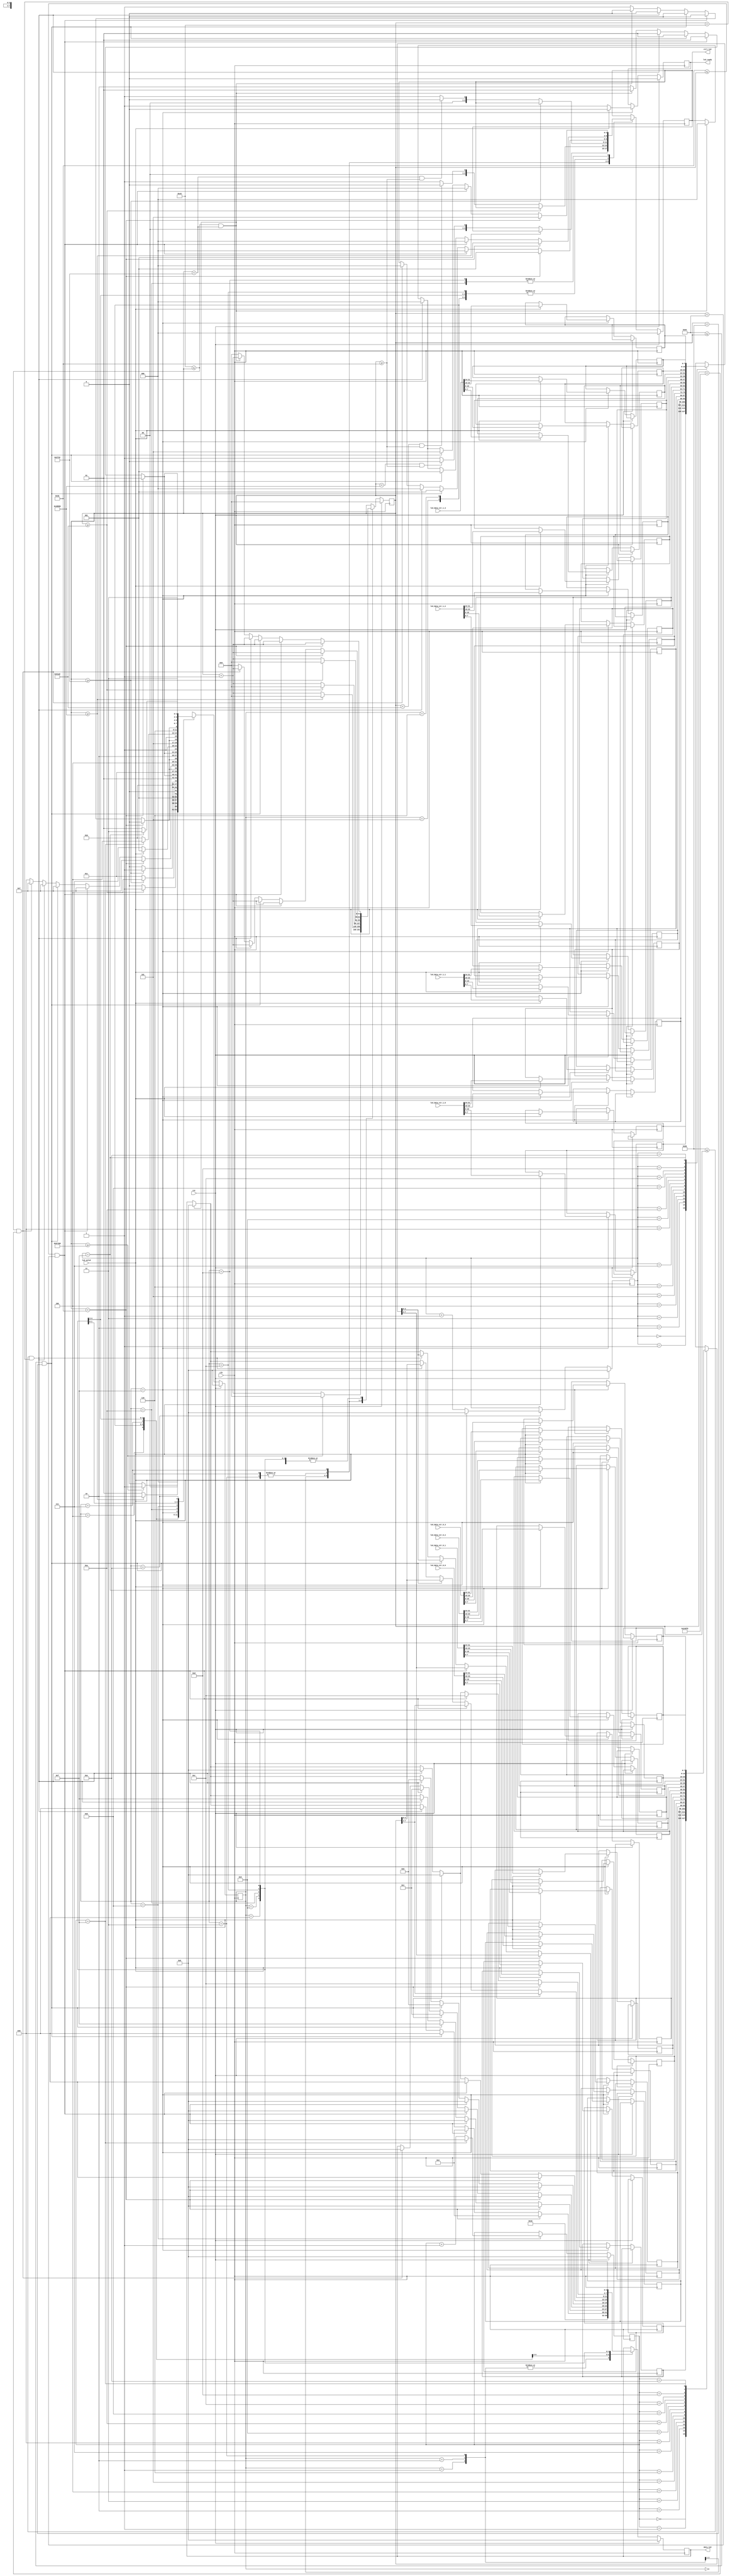
`timescale 1ns/1ps

module lcd #(
	parameter CYCLES_PER_US = 50
)
(
	input wire clk,    
	input wire rst, 
	output wire [2:0] ctrl_lcd,
	output wire [3:0] data_lcd,

	output wire 		lcd_ready,
 	input wire 			lcd_valid,
 	input wire [31:0] 	lcd_data_str_0_0,
 	input wire [31:0] 	lcd_data_str_0_1,
 	input wire [31:0] 	lcd_data_str_0_2,
 	input wire [31:0] 	lcd_data_str_0_3,
 	input wire [31:0] 	lcd_data_str_1_0,
 	input wire [31:0] 	lcd_data_str_1_1,
 	input wire [31:0] 	lcd_data_str_1_2,
 	input wire [31:0] 	lcd_data_str_1_3
);

	localparam [3:0]
		WAITING = 4'd0,
        INIT_H30_ONE = 4'd1,
        INIT_H30_TWO = 4'd2,
        INIT_H30_THREE = 4'd3,
        INIT_H20 = 4'd4,
        INIT_FUNCTION_SET = 4'd5,
        INIT_DISPLAY_ON = 4'd6,
		INIT_DISPLAY_CLEAR = 4'd7,
		INIT_SET_ENTRY_MODE = 4'd8,
		CUR_FIRST_ROW = 4'd9,
		WRITE_UPPER_LINE = 4'd10,
		COUNTER_UPPER_LINE = 4'd11,
		CUR_SECOND_ROW = 4'd12,
		WRITE_LOWER_LINE = 4'd13,
		COUNTER_LOWER_LINE = 4'd14,
		LCD_WAIT_VALID = 4'd15;

	reg [3:0] lcd_state_r;		
	reg [2:0] ctrl_lcd_r; 
	reg [3:0] data_lcd_r;
	
	reg [31:0] counter_r;
	reg [3:0] counter_upper_line_r;
	reg [3:0] counter_lower_line_r;

	reg [7:0] upper_line [15:0];
	reg [7:0] lower_line [15:0];

	reg lcd_ready_r;

	parameter integer wait__1us = 1 * CYCLES_PER_US;
	parameter integer wait__2us = 2 * CYCLES_PER_US;    // 10us 
	parameter integer wait__3us = 3 * CYCLES_PER_US;    // 20us 
	parameter integer wait__4us = 4 * CYCLES_PER_US;    // 40us 
	parameter integer wait__200us = 200 * CYCLES_PER_US; // 5ms

	parameter integer wait__dispay_clear = 3000 * CYCLES_PER_US; // 1.52ms 
	parameter integer wait__power_on = 15000 * CYCLES_PER_US; // 45ms 

	parameter integer wait__init_h30_one = 5000 * CYCLES_PER_US; // 5ms 
	parameter integer wait__init_h30_two = 500 * CYCLES_PER_US; // 5ms
	
	assign ctrl_lcd = ctrl_lcd_r; // {RS, RW, E} 2, 1, 0
	assign data_lcd = data_lcd_r;
	assign lcd_ready = lcd_ready_r;

	initial begin
		upper_line[0] = 8'h46; // F
		upper_line[1] = 8'h69; // i
		upper_line[2] = 8'h72; // r
		upper_line[3] = 8'h6d; // m
		upper_line[4] = 8'h77; // w
		upper_line[5] = 8'h61; // a
		upper_line[6] = 8'h72; // r
		upper_line[7] = 8'h65; // e
		upper_line[8] = 8'h20; // 
		upper_line[9] = 8'h6c; // l
		upper_line[10] = 8'h6f; // o
		upper_line[11] = 8'h61; // a
		upper_line[12] = 8'h64; // d
		upper_line[13] = 8'h65; // e
		upper_line[14] = 8'h64; // d
		upper_line[15] = 8'h21; // !
				
		lower_line[0] = 8'h30; // 0
		lower_line[1] = 8'h31; // 1
		lower_line[2] = 8'h32; // 2
		lower_line[3] = 8'h33; // 3
		lower_line[4] = 8'h34; // 4
		lower_line[5] = 8'h35; // 5
		lower_line[6] = 8'h36; // 6
		lower_line[7] = 8'h37; // 7
		lower_line[8] = 8'h38; // 8
		lower_line[9] = 8'h39; // 9
		lower_line[10] = 8'h61; // a
		lower_line[11] = 8'h62; // b
		lower_line[12] = 8'h63; // c
		lower_line[13] = 8'h64; // d
		lower_line[14] = 8'h65; // e
		lower_line[15] = 8'h66; // f
	end

    always @(posedge clk) begin
        if (rst) begin
        	lcd_state_r <= WAITING;
        	ctrl_lcd_r <= 3'b0;
        	data_lcd_r <= 4'b0;
        	counter_r <= 32'b0;
        	counter_upper_line_r <= 4'b0;
			counter_lower_line_r <= 4'b0;
			lcd_ready_r <= 1'b0;
        end else begin
            case (lcd_state_r)
                WAITING: begin 
					if(counter_r >= wait__power_on) begin
                		lcd_state_r <= INIT_H30_ONE;
                		counter_r <= 32'b0;
                	end else begin
                		counter_r <= counter_r + 1;
                		lcd_state_r <= WAITING;
                	end
                end
                INIT_H30_ONE: begin // 0x30
        			data_lcd_r <= 4'b0011;
                	if(counter_r >= wait__init_h30_one) begin
                		counter_r <= 32'b0;
                		lcd_state_r <= INIT_H30_TWO;
                	end else if(counter_r < wait__init_h30_one && counter_r >= wait__1us) begin
                		counter_r <= counter_r + 1;
                		ctrl_lcd_r <= 3'b000;
                		lcd_state_r <= INIT_H30_ONE;
                	end else begin
                		counter_r <= counter_r + 1;
                		ctrl_lcd_r <= 3'b001;
                		lcd_state_r <= INIT_H30_ONE;
                	end
                end
				INIT_H30_TWO: begin // 0x30
        			data_lcd_r <= 4'b0011;
                	if(counter_r >= wait__init_h30_two) begin
                		counter_r <= 32'b0;
                		lcd_state_r <= INIT_H30_THREE;
                	end else if(counter_r < wait__init_h30_two && counter_r >= wait__1us) begin
                		counter_r <= counter_r + 1;
                		ctrl_lcd_r <= 3'b000;
                		lcd_state_r <= INIT_H30_TWO;
                	end else begin
                		counter_r <= counter_r + 1;
                		ctrl_lcd_r <= 3'b001;
                		lcd_state_r <= INIT_H30_TWO;
                	end
                end
                INIT_H30_THREE: begin // 0x30
        			data_lcd_r <= 4'b0011;
                	if(counter_r >= wait__200us) begin
                		counter_r <= 32'b0;
                		lcd_state_r <= INIT_H20;
                	end else if(counter_r < wait__200us && counter_r >= wait__1us) begin
                		counter_r <= counter_r + 1;
                		ctrl_lcd_r <= 3'b000;
                		lcd_state_r <= INIT_H30_THREE;
                	end else begin
                		counter_r <= counter_r + 1;
                		ctrl_lcd_r <= 3'b001;
                		lcd_state_r <= INIT_H30_THREE;
                	end
                end
				INIT_H20: begin // 0x20
        			data_lcd_r <= 4'b0010;
                	if(counter_r >= wait__200us) begin
                		counter_r <= 32'b0;
                		lcd_state_r <= INIT_FUNCTION_SET;
                	end else if(counter_r < wait__200us && counter_r >= wait__1us) begin
                		counter_r <= counter_r + 1;
                		ctrl_lcd_r <= 3'b000;
                		lcd_state_r <= INIT_H20;
                	end else begin
                		counter_r <= counter_r + 1;
                		ctrl_lcd_r <= 3'b001;
                		lcd_state_r <= INIT_H20;
                	end
                end
               	INIT_FUNCTION_SET: begin // 0x28
               		if(counter_r < wait__1us) begin
                		counter_r <= counter_r + 1;
                		data_lcd_r <= 4'b0010;
                		ctrl_lcd_r <= 3'b001;
                		lcd_state_r <= INIT_FUNCTION_SET;
                	end else if(wait__1us <= counter_r && counter_r < wait__2us) begin
                		counter_r <= counter_r + 1;
                		data_lcd_r <= 4'b0010;
                		ctrl_lcd_r <= 3'b000;
                		lcd_state_r <= INIT_FUNCTION_SET;
                	end else if(wait__2us <= counter_r && counter_r < wait__3us) begin
                		counter_r <= counter_r + 1;
                		data_lcd_r <= 4'b1000;
                		ctrl_lcd_r <= 3'b001;
                		lcd_state_r <= INIT_FUNCTION_SET;
                	end else if(wait__3us <= counter_r && counter_r < wait__4us) begin
                		counter_r <= counter_r + 1;
                		data_lcd_r <= 4'b1000;
                		ctrl_lcd_r <= 3'b000;
                		lcd_state_r <= INIT_FUNCTION_SET;
                	end else if(wait__4us <= counter_r && counter_r < wait__200us) begin
                		counter_r <= counter_r + 1;
                		data_lcd_r <= 4'b0000;
                		ctrl_lcd_r <= 3'b000;
                		lcd_state_r <= INIT_FUNCTION_SET;
                	end else begin
						counter_r <= 32'b0;
                		lcd_state_r <= INIT_DISPLAY_ON;
                	end
               	end
               	INIT_DISPLAY_ON: begin // 0x0F
               		if(counter_r < wait__1us) begin
                		counter_r <= counter_r + 1;
                		data_lcd_r <= 4'b0000;
                		ctrl_lcd_r <= 3'b001;
                		lcd_state_r <= INIT_DISPLAY_ON;
                	end else if(wait__1us <= counter_r && counter_r < wait__2us) begin
                		counter_r <= counter_r + 1;
                		data_lcd_r <= 4'b0000;
                		ctrl_lcd_r <= 3'b000;
                		lcd_state_r <= INIT_DISPLAY_ON;
                	end else if(wait__2us <= counter_r && counter_r < wait__3us) begin
                		counter_r <= counter_r + 1;
                		data_lcd_r <= 4'b1111;
                		ctrl_lcd_r <= 3'b001;
                		lcd_state_r <= INIT_DISPLAY_ON;
                	end else if(wait__3us <= counter_r && counter_r < wait__4us) begin
                		counter_r <= counter_r + 1;
                		data_lcd_r <= 4'b1111;
                		ctrl_lcd_r <= 3'b000;
                		lcd_state_r <= INIT_DISPLAY_ON;
                	end else if(wait__4us <= counter_r && counter_r < wait__200us) begin
                		counter_r <= counter_r + 1;
                		data_lcd_r <= 4'b0000;
                		ctrl_lcd_r <= 3'b000;
                		lcd_state_r <= INIT_DISPLAY_ON;
                	end else begin
						counter_r <= 32'b0;
                		lcd_state_r <= INIT_DISPLAY_CLEAR;
                	end
               	end
               	INIT_DISPLAY_CLEAR: begin // 0x01
					if(counter_r < wait__1us) begin
                		counter_r <= counter_r + 1;
                		data_lcd_r <= 4'b0000;
                		ctrl_lcd_r <= 3'b001;
                		lcd_state_r <= INIT_DISPLAY_CLEAR;
                	end else if(wait__1us <= counter_r && counter_r < wait__2us) begin
                		counter_r <= counter_r + 1;
                		data_lcd_r <= 4'b0000;
                		ctrl_lcd_r <= 3'b000;
                		lcd_state_r <= INIT_DISPLAY_CLEAR;
                	end else if(wait__2us <= counter_r && counter_r < wait__3us) begin
                		counter_r <= counter_r + 1;
                		data_lcd_r <= 4'b0001;
                		ctrl_lcd_r <= 3'b001;
                		lcd_state_r <= INIT_DISPLAY_CLEAR;
                	end else if(wait__3us <= counter_r && counter_r < wait__4us) begin
                		counter_r <= counter_r + 1;
                		data_lcd_r <= 4'b0001;
                		ctrl_lcd_r <= 3'b000;
                		lcd_state_r <= INIT_DISPLAY_CLEAR;
                	end else if(wait__4us <= counter_r && counter_r < wait__dispay_clear) begin
                		counter_r <= counter_r + 1;
                		data_lcd_r <= 4'b0000;
                		ctrl_lcd_r <= 3'b000;
                		lcd_state_r <= INIT_DISPLAY_CLEAR;
                	end else begin
						counter_r <= 32'b0;
                		lcd_state_r <= INIT_SET_ENTRY_MODE;
                	end
               	end
               	INIT_SET_ENTRY_MODE: begin //0x06
               		if(counter_r < wait__1us) begin
                		counter_r <= counter_r + 1;
                		data_lcd_r <= 4'b0000;
                		ctrl_lcd_r <= 3'b001;
                		lcd_state_r <= INIT_SET_ENTRY_MODE;
                	end else if(wait__1us <= counter_r && counter_r < wait__2us) begin
                		counter_r <= counter_r + 1;
                		data_lcd_r <= 4'b0000;
                		ctrl_lcd_r <= 3'b000;
                		lcd_state_r <= INIT_SET_ENTRY_MODE;
                	end else if(wait__2us <= counter_r && counter_r < wait__3us) begin
                		counter_r <= counter_r + 1;
                		data_lcd_r <= 4'b0110;
                		ctrl_lcd_r <= 3'b001;
                		lcd_state_r <= INIT_SET_ENTRY_MODE;
                	end else if(wait__3us <= counter_r && counter_r < wait__4us) begin
                		counter_r <= counter_r + 1;
                		data_lcd_r <= 4'b0110;
                		ctrl_lcd_r <= 3'b000;
                		lcd_state_r <= INIT_SET_ENTRY_MODE;
                	end else if(wait__4us <= counter_r && counter_r < wait__200us) begin
                		counter_r <= counter_r + 1;
                		data_lcd_r <= 4'b0000;
                		ctrl_lcd_r <= 3'b000;
                		lcd_state_r <= INIT_SET_ENTRY_MODE;
                	end else begin
						counter_r <= 32'b0;
                		lcd_state_r <= CUR_FIRST_ROW;
                	end
               	end
               	CUR_FIRST_ROW: begin // 0x80
					if(counter_r < wait__1us) begin
                		counter_r <= counter_r + 1;
                		data_lcd_r <= 4'b1000;
                		ctrl_lcd_r <= 3'b001;
                		lcd_state_r <= CUR_FIRST_ROW;
                	end else if(wait__1us <= counter_r && counter_r < wait__2us) begin
                		counter_r <= counter_r + 1;
                		data_lcd_r <= 4'b1000;
                		ctrl_lcd_r <= 3'b000;
                		lcd_state_r <= CUR_FIRST_ROW;
                	end else if(wait__2us <= counter_r && counter_r < wait__3us) begin
                		counter_r <= counter_r + 1;
                		data_lcd_r <= 4'b0000;
                		ctrl_lcd_r <= 3'b001;
                		lcd_state_r <= CUR_FIRST_ROW;
                	end else if(wait__3us <= counter_r && counter_r < wait__4us) begin
                		counter_r <= counter_r + 1;
                		data_lcd_r <= 4'b0000;
                		ctrl_lcd_r <= 3'b000;
                		lcd_state_r <= CUR_FIRST_ROW;
                	end else if(wait__4us <= counter_r && counter_r < wait__200us) begin
                		counter_r <= counter_r + 1;
                		data_lcd_r <= 4'b0000;
                		ctrl_lcd_r <= 3'b000;
                		lcd_state_r <= CUR_FIRST_ROW;
                	end else begin
						counter_r <= 32'b0;
                		lcd_state_r <= WRITE_UPPER_LINE;
                	end
               	end
               	LCD_WAIT_VALID: begin
               		if(lcd_valid) begin
               			lcd_ready_r <= 1'b0;
               			lcd_state_r <= CUR_FIRST_ROW;
               			upper_line[0] <= lcd_data_str_0_0[7:0]; 
						upper_line[1] <= lcd_data_str_0_0[15:8]; 
						upper_line[2] <= lcd_data_str_0_0[23:16];
						upper_line[3] <= lcd_data_str_0_0[31:24];
						upper_line[4] <= lcd_data_str_0_1[7:0]; 
						upper_line[5] <= lcd_data_str_0_1[15:8]; 
						upper_line[6] <= lcd_data_str_0_1[23:16]; 
						upper_line[7] <= lcd_data_str_0_1[31:24]; 
						upper_line[8] <=  lcd_data_str_0_2[7:0];  
						upper_line[9] <=  lcd_data_str_0_2[15:8]; 
						upper_line[10] <= lcd_data_str_0_2[23:16]; 
						upper_line[11] <= lcd_data_str_0_2[31:24]; 
						upper_line[12] <= lcd_data_str_0_3[7:0]; 
						upper_line[13] <= lcd_data_str_0_3[15:8]; 
						upper_line[14] <= lcd_data_str_0_3[23:16]; 
						upper_line[15] <= lcd_data_str_0_3[31:24]; 

               			lower_line[0] <= lcd_data_str_1_0[7:0]; 
						lower_line[1] <= lcd_data_str_1_0[15:8];
						lower_line[2] <= lcd_data_str_1_0[23:16]; 
						lower_line[3] <= lcd_data_str_1_0[31:24]; 
						lower_line[4] <= lcd_data_str_1_1[7:0]; 
						lower_line[5] <= lcd_data_str_1_1[15:8];
						lower_line[6] <= lcd_data_str_1_1[23:16]; 
						lower_line[7] <= lcd_data_str_1_1[31:24];
						lower_line[8] <=  lcd_data_str_1_2[7:0];
						lower_line[9] <=  lcd_data_str_1_2[15:8]; 
						lower_line[10] <= lcd_data_str_1_2[23:16];
						lower_line[11] <= lcd_data_str_1_2[31:24];
						lower_line[12] <= lcd_data_str_1_3[7:0]; 
						lower_line[13] <= lcd_data_str_1_3[15:8]; 
						lower_line[14] <= lcd_data_str_1_3[23:16]; 
						lower_line[15] <= lcd_data_str_1_3[31:24]; 
               		end else begin
               			lcd_ready_r <= 1'b1;
						lcd_state_r <= LCD_WAIT_VALID;
               		end
               	end
				WRITE_UPPER_LINE: begin
					if(counter_r < wait__1us) begin
                		counter_r <= counter_r + 1;
                		data_lcd_r <= upper_line[counter_upper_line_r][7:4];
                		ctrl_lcd_r <= 3'b101;
                		lcd_state_r <= WRITE_UPPER_LINE;
                	end else if(wait__1us <= counter_r && counter_r < wait__2us) begin
                		counter_r <= counter_r + 1;
                		data_lcd_r <= upper_line[counter_upper_line_r][7:4];
                		ctrl_lcd_r <= 3'b000;
                		lcd_state_r <= WRITE_UPPER_LINE;
                	end else if(wait__2us <= counter_r && counter_r < wait__3us) begin
                		counter_r <= counter_r + 1;
                		data_lcd_r <= upper_line[counter_upper_line_r][3:0];;
                		ctrl_lcd_r <= 3'b101;
                		lcd_state_r <= WRITE_UPPER_LINE;
                	end else if(wait__3us <= counter_r && counter_r < wait__4us) begin
                		counter_r <= counter_r + 1;
                		data_lcd_r <= upper_line[counter_upper_line_r][3:0];;
                		ctrl_lcd_r <= 3'b000;
                		lcd_state_r <= WRITE_UPPER_LINE;
                	end else if(wait__4us <= counter_r && counter_r < wait__200us) begin
                		counter_r <= counter_r + 1;
                		data_lcd_r <= 4'b0000;
                		ctrl_lcd_r <= 3'b000;
                		lcd_state_r <= WRITE_UPPER_LINE;
                	end else begin
						counter_r <= 32'b0;
                		lcd_state_r <= COUNTER_UPPER_LINE;
                	end
               	end
               	COUNTER_UPPER_LINE: begin
               		if(counter_upper_line_r == 4'd15) begin
						counter_upper_line_r <= 4'b0;
						lcd_state_r <= CUR_SECOND_ROW;		
                	end else begin
	                	counter_upper_line_r <= counter_upper_line_r + 1;
	                	lcd_state_r <= WRITE_UPPER_LINE;
                	end
                end
                CUR_SECOND_ROW: begin
                	if(counter_r < wait__1us) begin
                		counter_r <= counter_r + 1;
                		data_lcd_r <= 4'b1100;
                		ctrl_lcd_r <= 3'b001;
                		lcd_state_r <= CUR_SECOND_ROW;
                	end else if(wait__1us <= counter_r && counter_r < wait__2us) begin
                		counter_r <= counter_r + 1;
                		data_lcd_r <= 4'b1100;
                		ctrl_lcd_r <= 3'b000;
                		lcd_state_r <= CUR_SECOND_ROW;
                	end else if(wait__2us <= counter_r && counter_r < wait__3us) begin
                		counter_r <= counter_r + 1;
                		data_lcd_r <= 4'b0000;
                		ctrl_lcd_r <= 3'b001;
                		lcd_state_r <= CUR_SECOND_ROW;
                	end else if(wait__3us <= counter_r && counter_r < wait__4us) begin
                		counter_r <= counter_r + 1;
                		data_lcd_r <= 4'b0000;
                		ctrl_lcd_r <= 3'b000;
                		lcd_state_r <= CUR_SECOND_ROW;
                	end else if(wait__4us <= counter_r && counter_r < wait__200us) begin
                		counter_r <= counter_r + 1;
                		data_lcd_r <= 4'b0000;
                		ctrl_lcd_r <= 3'b000;
                		lcd_state_r <= CUR_SECOND_ROW;
                	end else begin
						counter_r <= 32'b0;
                		lcd_state_r <= WRITE_LOWER_LINE;
                	end
                end
				WRITE_LOWER_LINE: begin
					if(counter_r < wait__1us) begin
                		counter_r <= counter_r + 1;
                		data_lcd_r <= lower_line[counter_lower_line_r][7:4];
                		ctrl_lcd_r <= 3'b101;
                		lcd_state_r <= WRITE_LOWER_LINE;
                	end else if(wait__1us <= counter_r && counter_r < wait__2us) begin
                		counter_r <= counter_r + 1;
                		data_lcd_r <= lower_line[counter_lower_line_r][7:4];
                		ctrl_lcd_r <= 3'b000;
                		lcd_state_r <= WRITE_LOWER_LINE;
                	end else if(wait__2us <= counter_r && counter_r < wait__3us) begin
                		counter_r <= counter_r + 1;
                		data_lcd_r <= lower_line[counter_lower_line_r][3:0];;
                		ctrl_lcd_r <= 3'b101;
                		lcd_state_r <= WRITE_LOWER_LINE;
                	end else if(wait__3us <= counter_r && counter_r < wait__4us) begin
                		counter_r <= counter_r + 1;
                		data_lcd_r <= lower_line[counter_lower_line_r][3:0];;
                		ctrl_lcd_r <= 3'b000;
                		lcd_state_r <= WRITE_LOWER_LINE;
                	end else if(wait__4us <= counter_r && counter_r < wait__200us) begin
                		counter_r <= counter_r + 1;
                		data_lcd_r <= 4'b0000;
                		ctrl_lcd_r <= 3'b000;
                		lcd_state_r <= WRITE_LOWER_LINE;
                	end else begin
						counter_r <= 32'b0;
                		lcd_state_r <= COUNTER_LOWER_LINE;
                	end
               	end
				COUNTER_LOWER_LINE: begin
               		if(counter_lower_line_r == 32'd15) begin
						counter_lower_line_r <= 32'b0;
						lcd_state_r <= LCD_WAIT_VALID;		
                	end else begin
	                	counter_lower_line_r <= counter_lower_line_r + 1;
	                	lcd_state_r <= WRITE_LOWER_LINE;
                	end
               	end
            endcase
        end
    end

endmodule